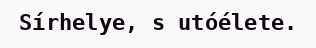
Sírhelye, s utóélete.